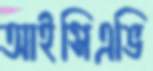
আইসিএভি